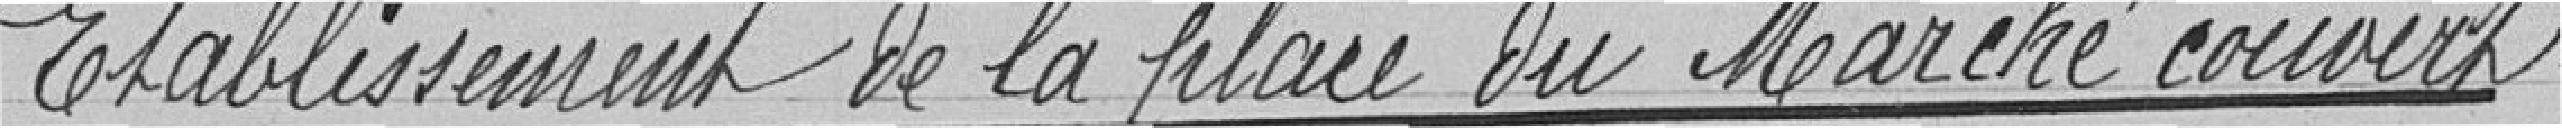
Établissement de la place du marché Couvert